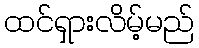
ထင်ရှားလိမ့်မည်